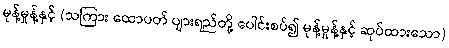
မုန့်မှုန့်နှင့် (သကြား ထောပတ် ပျားရည်တို့ ပေါင်းစပ်၍ မုန့်မှုန့်နှင့် ဆုပ်ထားသော)